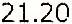
21.20